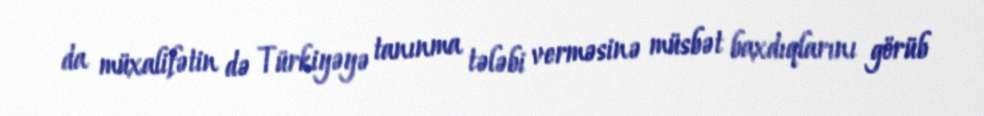
da müxalifətin də Türkiyəyə tanınma tələbi verməsinə müsbət baxdıqlarını görüb